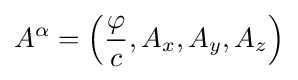
A^{\alpha }=\left({\frac {\varphi }{c}},A_{x},A_{y},A_{z}\right)